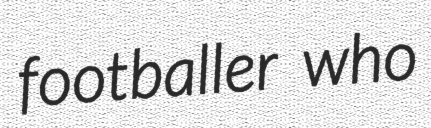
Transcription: footballer who